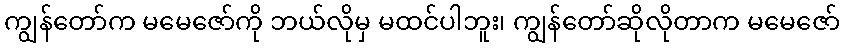
ကျွန်တော်က မမေဇော်ကို ဘယ်လိုမှ မထင်ပါဘူး၊ ကျွန်တော်ဆိုလိုတာက မမေဇော်